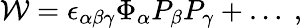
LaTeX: {\cal W}=\epsilon_{\alpha\beta\gamma}\Phi_{\alpha}P_{\beta}P_{\gamma}+\dots~,